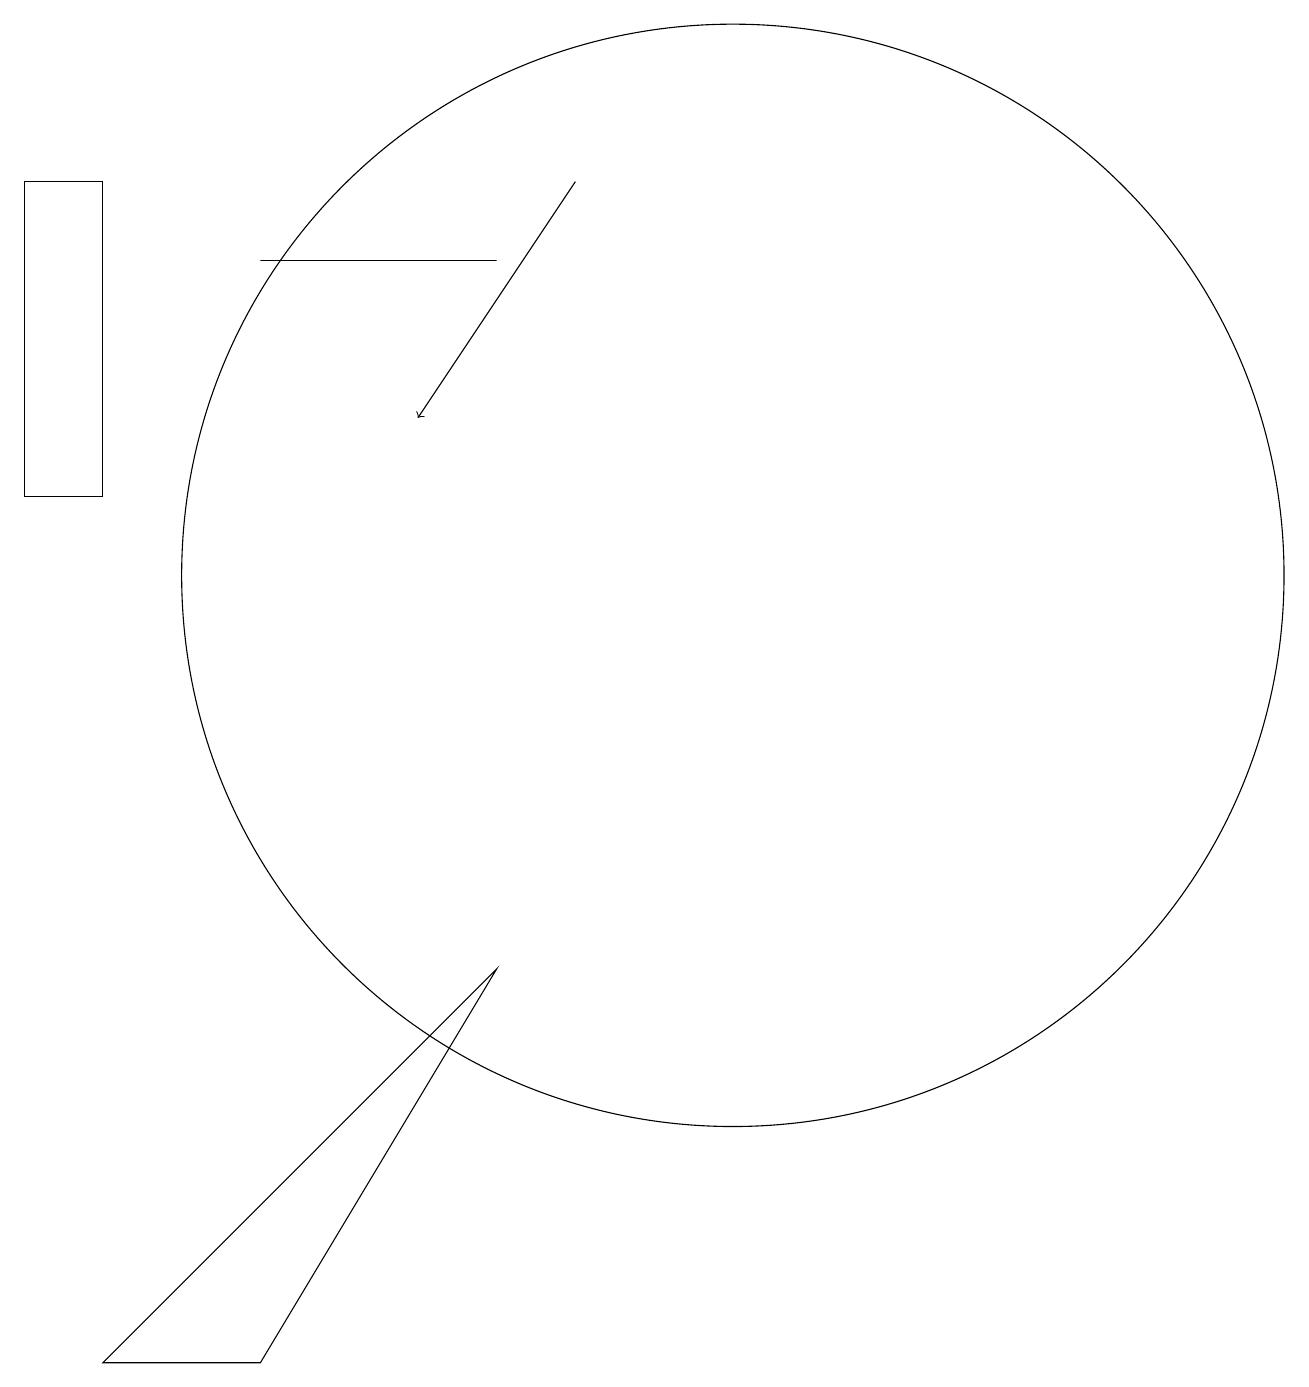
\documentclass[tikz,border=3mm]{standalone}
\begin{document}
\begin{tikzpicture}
\draw[->] (8,16) -- (6,13);
\draw (7,6) -- (2,1) -- (4,1) -- cycle;
\draw (1,12) rectangle (2,16);
\draw (10,11) circle (7);
\draw (7,15) rectangle (4,15);
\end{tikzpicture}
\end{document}